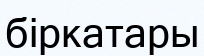
біркатары